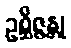
ဥစ္ဆိဇ္ဇန္တု